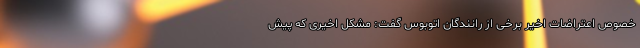
خصوص اعتراضات اخیر برخی از رانندگان اتوبوس گفت: مشکل اخیری که پیش